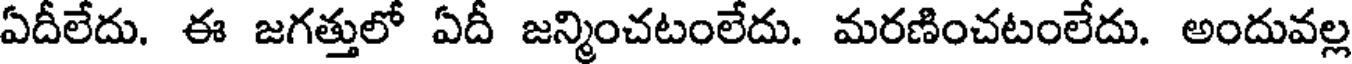
ఏదీలేదు. ఈ జగత్తులో ఏదీ జన్మించటంలేదు. మరణించటంలేదు. అందువల్ల